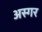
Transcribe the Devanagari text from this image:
अस्गर